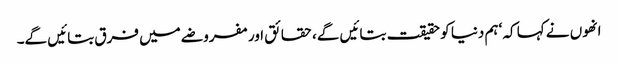
انھوں نے کہا کہ ‘ہم دنیا کو حقیقت بتائیں گے، حقائق اور مفروضے میں فرق بتائیں گے۔